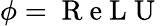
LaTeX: \phi=\mathrm{~R~e~L~U~}